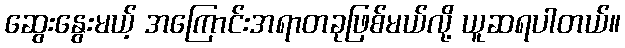
ဆွေးနွေးမယ့် အကြောင်းအရာတခုဖြစ်မယ်လို့ ယူဆရပါတယ်။